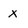
Character: x